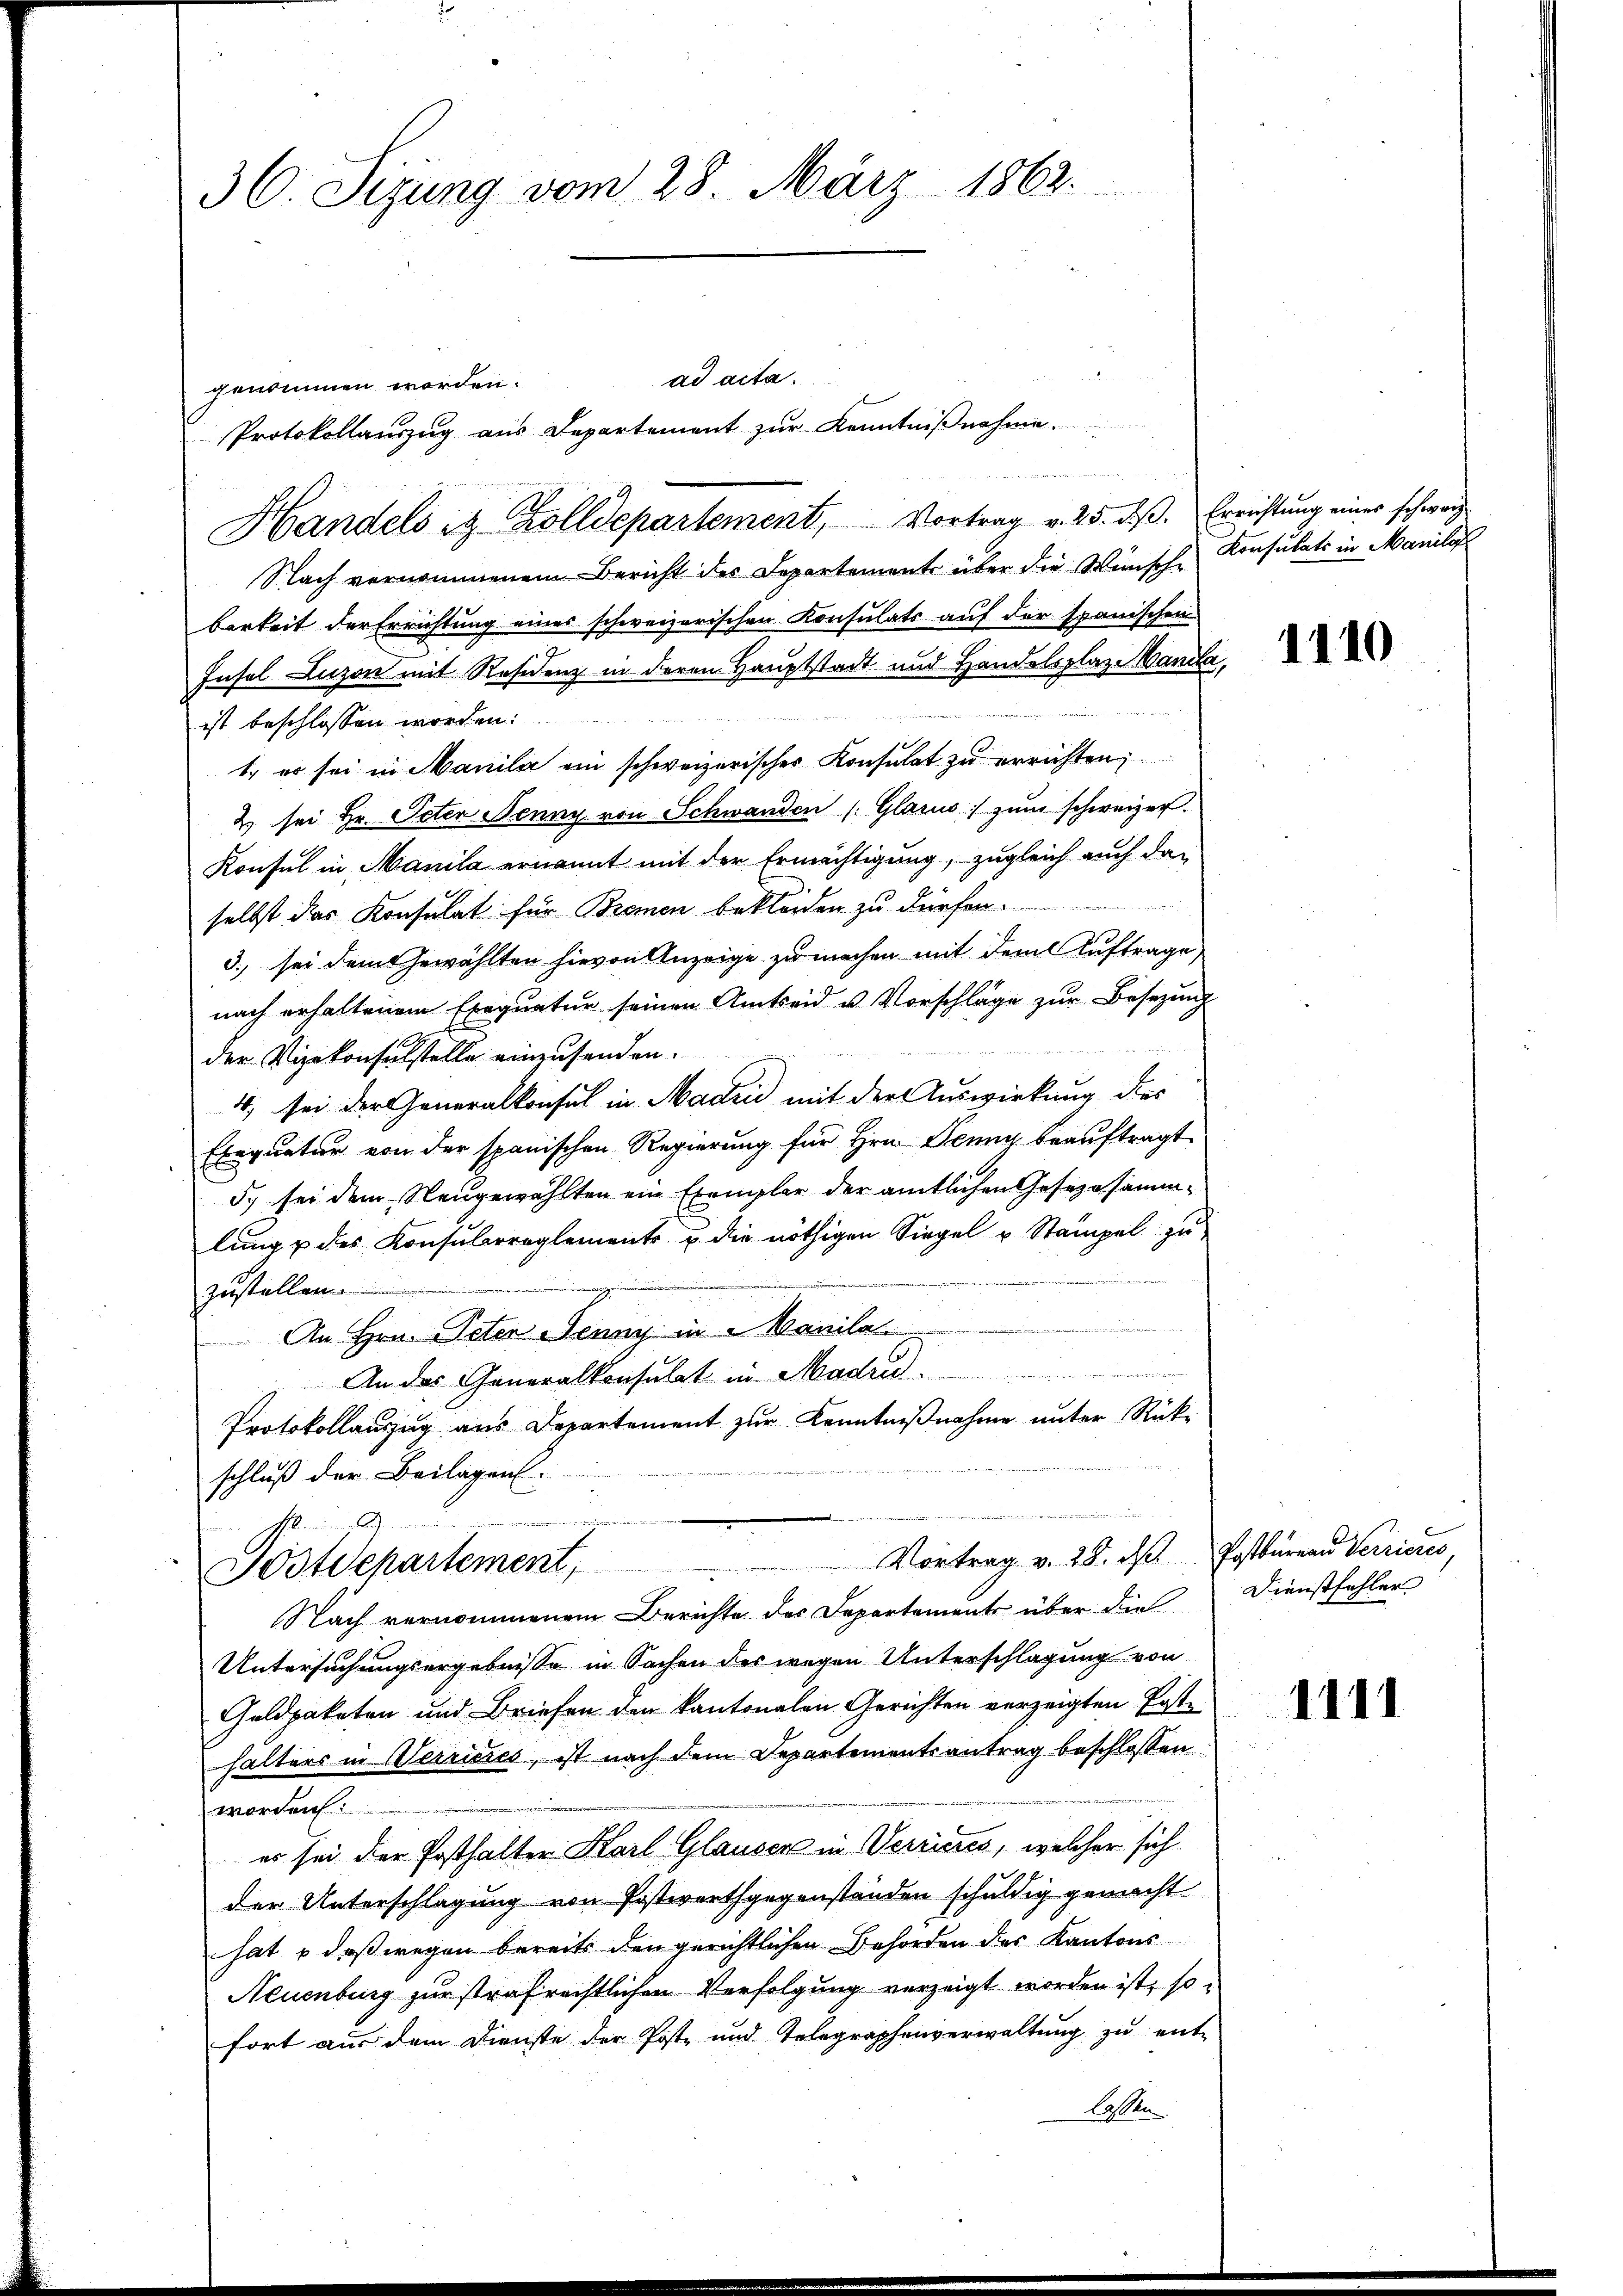
36. Sizung vom 28. März 1862.

genommen worden.
Handels in Zolldepartement, Vortrag v. 25. dβ. Errichtŭng einer schweiz
Nach vernommenem Bericht des Departement über die Wünsche Konsulats in Manila
barkeit der Errichtung eines schweizerischen Konsulats auf der spanischen
Insel Luzon mit Residenz in deren Hauptstadt und Handelsplaz Manila,
ist beschlossen worden.
1., es sei in Manilie ein schweizerischer Konsulat zu errichten;
2) sei Hr. Peten Jenny von Schwanden (Glarus zum schweizer.
Konsul in Manila ernannt mit der Ermächtigung, zugleich auch das
selbst das Konsulat für Bremen bekleiden zu dürfen.
3., sei dem Gewählten hievon Anzeige zu machen mit dem Auftrage
nach erhaltenem Exequatur seinen Amtseid u. Vorschläge zur Besezung
der Vizekonsulstelle einzusenden.
4) sei der Generalkonsul in Madrid mit der Auswirkung des
Exequatur von der spanischen Regierung für Hrn. Jenny beauftragt.
5. sei dem Neugewählten ein Exemplar der amtlichen Gesezesammlung u des Konsularreglements u die nöthigen Siegel u Stampel zu
zustellen
An Hrn. Peter Jenny in Manila
An das Generalkonsulat in Mad.  .. . . . . . . . . ........................
Protokollauszug aus Departement zur Kenntnißnahme unter Rückschluß der Beilagen.
....................
Vortrag v. 28. d. Postbureau Verrieres,
Postdepartement,
Nach vernommenem Berichte des Departements über die
Untersuchungsergebnisse in Sachen des wegen Unterschlagung von
Goldpaketen und Briefen den kantonalen Gerichten verzeigten Post-
halters in Werrieres, ist nach dem Departementsantrag beschlossen
worden:
es sei der Posthalter Karl Glauser in Verrieres, welcher sich
der Unterschlagung von Postwerthgegenständen schuldig gemacht
hat & daß wegen bereits den gerichtlichen Behörden der Kantons
Neuenburg zur strafrechtlichen Verfolgung verzeigt worden ist, so
fort aus dem Dienste der Post- und Telegraphenverwaltung zu ent-
lassen.

Protokollauszug aus Departement zur Kenntnißnahme.

ad acta.

1110

Dienstfehler

1111